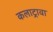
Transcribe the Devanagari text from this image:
कलाट्रावा